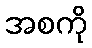
အစကို